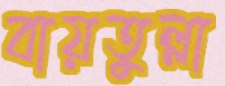
বায়তুল্লা